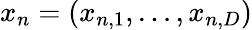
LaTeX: x_{n}=(x_{n,1},\ldots,x_{n,D})